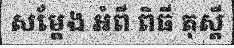
សម្តែង អំពី ពិធី តុស្តី